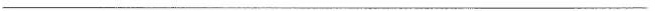
___